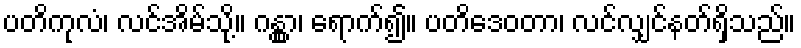
ပတိကုလံ၊ လင်အိမ်သို့။ ဂန္တွာ၊ ရောက်၍။ ပတိဒေဝတာ၊ လင်လျှင်နတ်ရှိသည်။